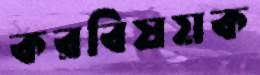
করবিষয়ক